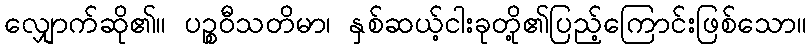
လျှောက်ဆို၏။ ပဉ္စဝီသတိမာ၊ နှစ်ဆယ့်ငါးခုတို့၏ပြည့်ကြောင်းဖြစ်သော။